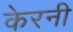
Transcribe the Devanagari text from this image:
केरनी